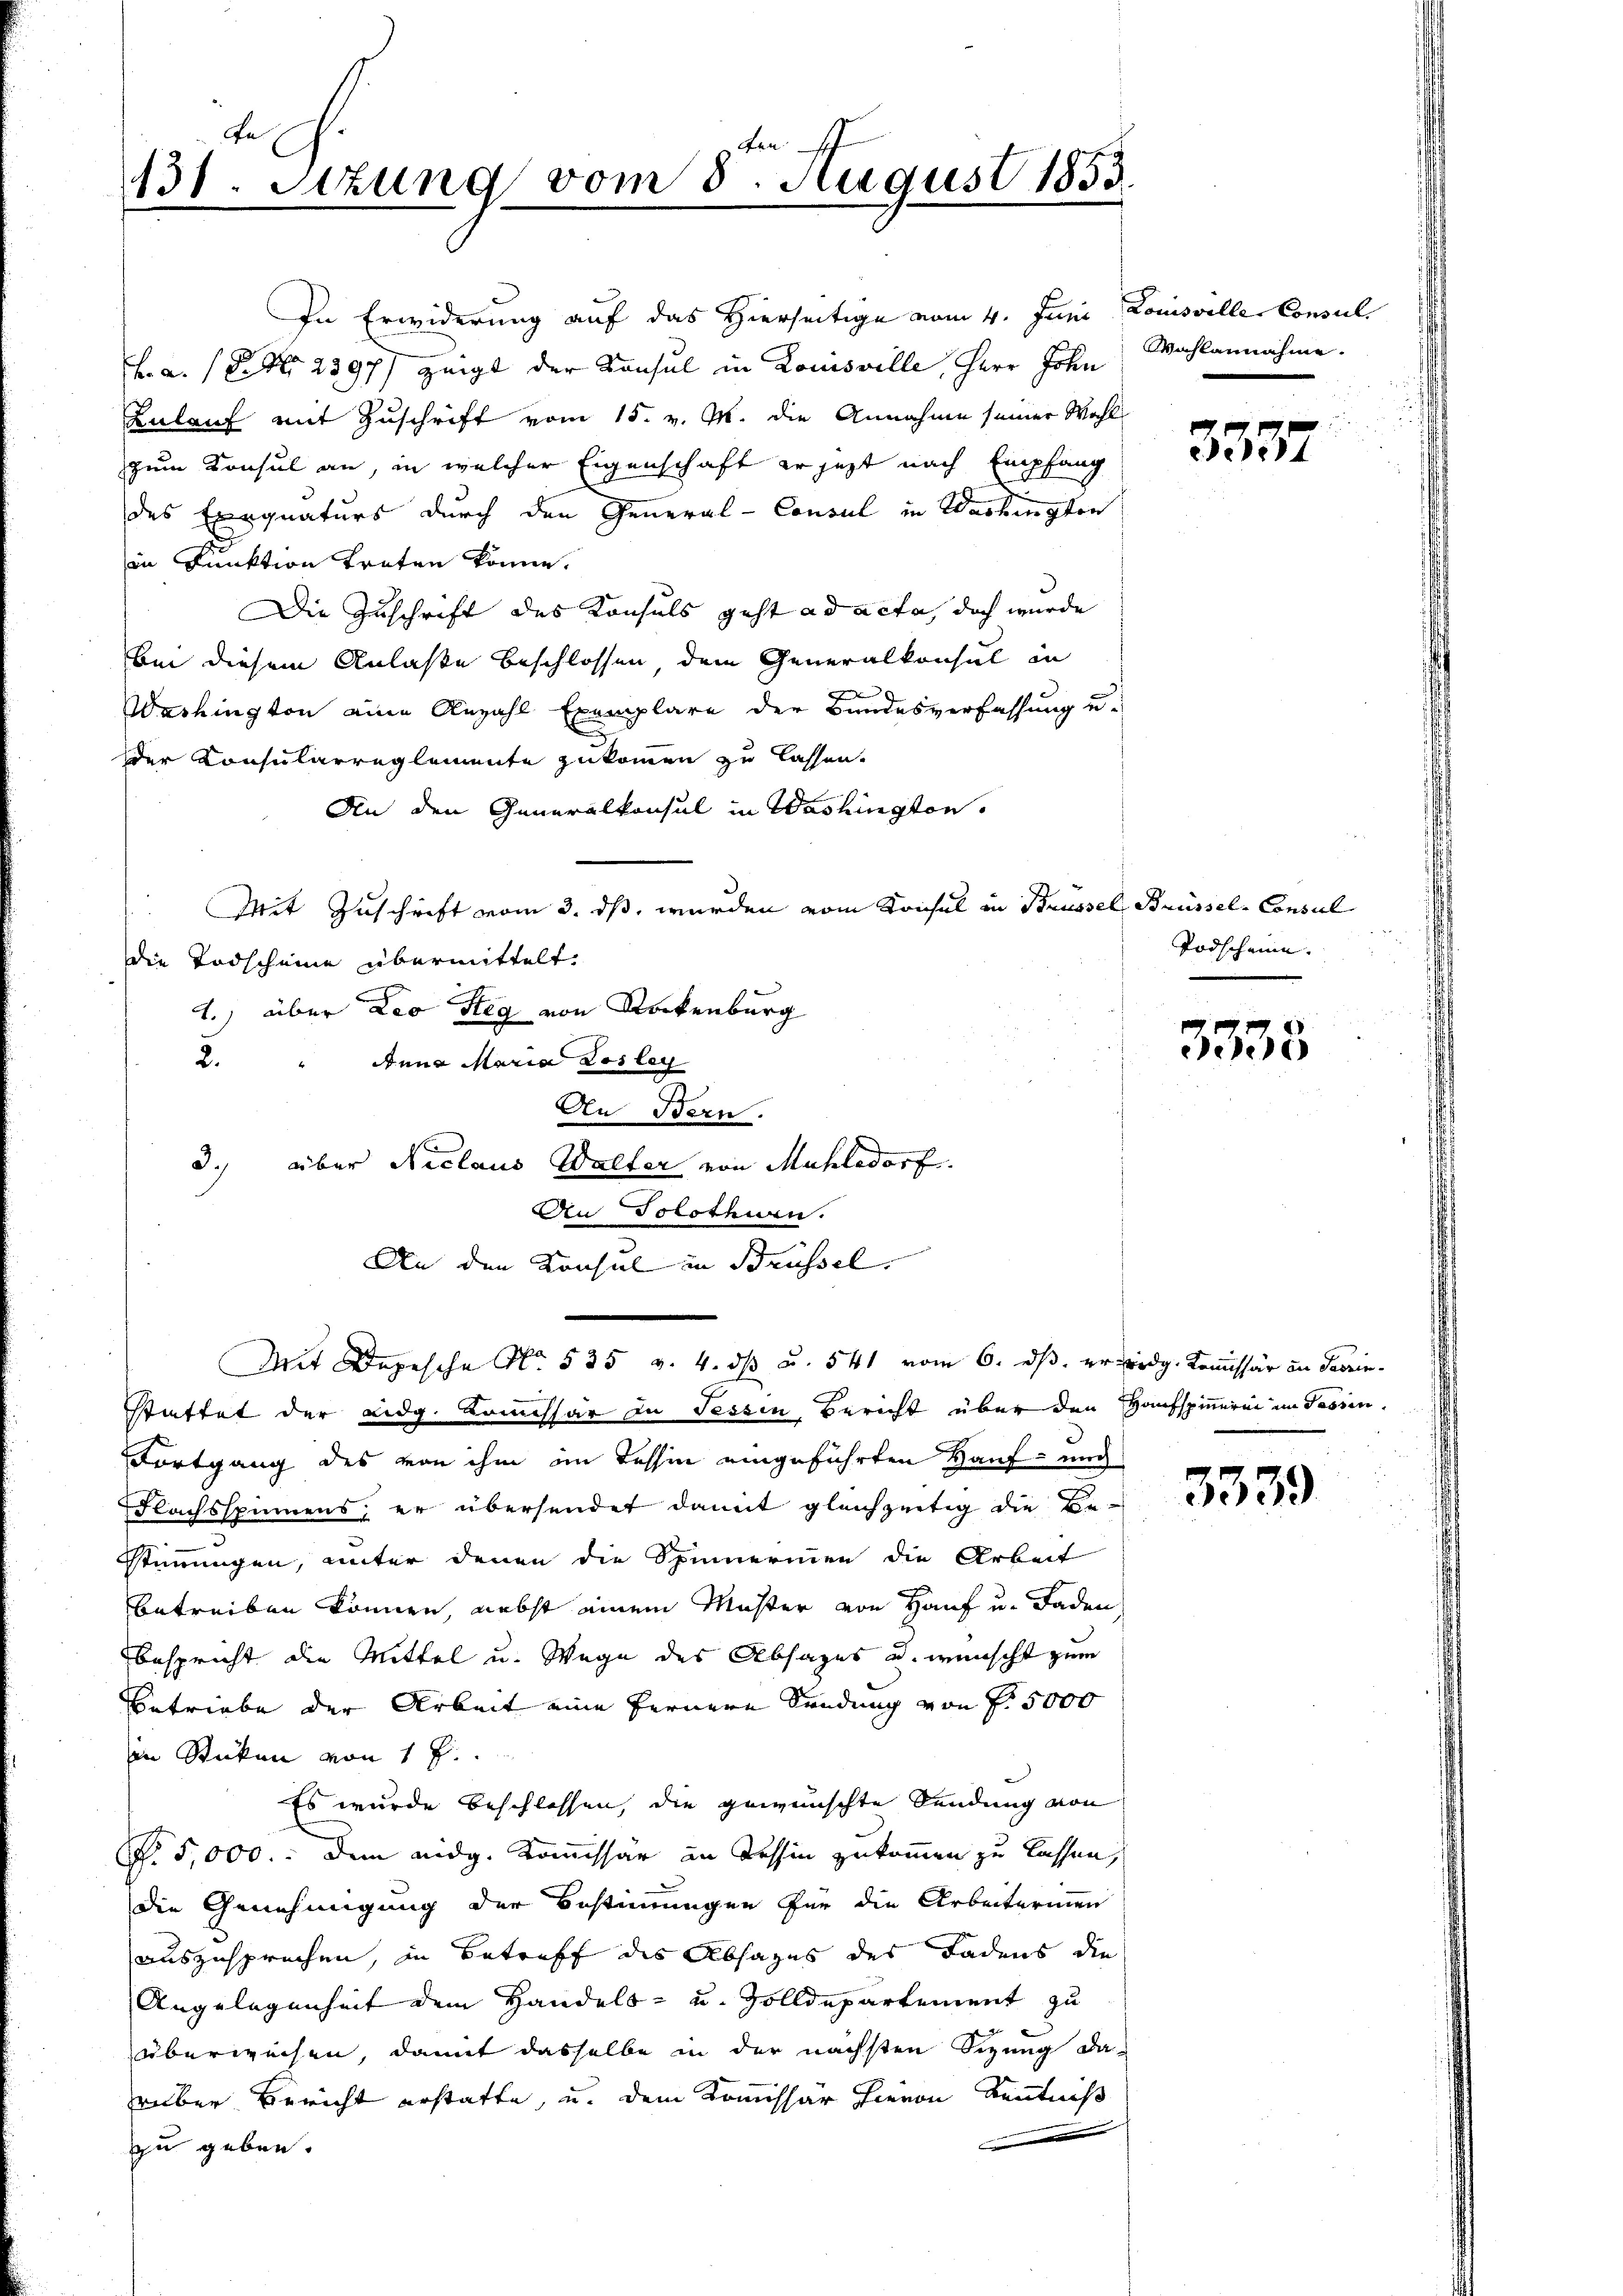
Fe
131. Setzung vom 8. August 1853.
.

zum Konsul an, in welcher Eigenschaft er jezt nach Empfang
des Exequaturs durch den General-Consul in Washington
in Funktion treten könne.
Die Zuschrift des Konsuls geht ad acta, doch wurde
bei diesem Anlaße beschlossen dem Generalkonsul in
Washington eine Anzahl Exemplare der Bundesverfassung u.
.
der Konsularreglemente zukommen zu lassen.
An den Generalkonsul in Washingten.
Mit Zuschrift vom 3. ds, wurden vom Konsul in Brüssel, Brüssel-Consul
die Todscheine übermittelt.
1.) über Leo Steg von Rockenburg
2. " Anna Maria Los leg
An Bern.
3. über Niclaus Wölfer von Mühledorf.
An Solothurn.
An den Konsul in Brüssel.
Mit Depesche No. 535 v. 4. ds u. 541 vom 6. ds. er eidg. Kommissär in Fabrinstattet der Lidg. Komissär zu Tessin, Bericht über den Hausspinnerei im Tessin,
Fortgang des von ihm im Tessin eingeführten Kauf- und
Flachsspinnens, er übersendet damit gleichzeitig die Be-
Stimmungen, unter denen die Spinnerinnen die Arbeit
betreiben können, nebst einem Muster von Hauf u. Faden
bespricht die Mittel u. Wege des Absages u. wünscht zum
Betriebe der Arbeit eine fernere Sendung von Fr. 5000
in Sticken von 1 f.
Es wurde beschlossen, die gewünschte Sendung von
No 5,000. Dem eidg. Kommissär an Tessin zukommen zu lassen,
die Genehmigung der Bestimmungen für die Arbeiterinen
auszusprechen, in Betreff des Absages des Fadens die
Angelegenheit dem Handels- u. Zolldepartement zu
überweisen, damit dasselbe in der nächsten Sizung da-
rüber Bericht erstatte, u. dem Kommissär hievon Kenntniß
e
zu geben.

In Erwiderung auf das Hierseitige vom 4. Juni Louisville Consul
F. a. (S. Nr. 2397) zeigt der Konsul in Komsville, Herr John Wahlannahme.
Zulauf mit Zuschrift vom 15. v. M. die Annahme seiner Wahl

3597

Todscheine.

3335

3339